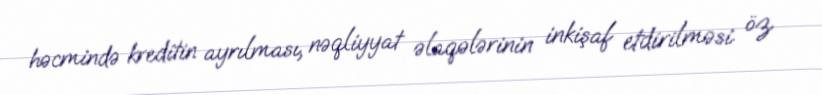
həcmində kreditin ayrılması, nəqliyyat əlaqələrinin inkişaf etdirilməsi öz